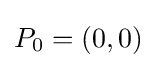
P_{0}=(0,0)